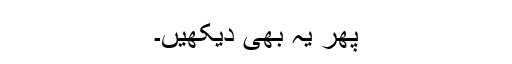
پھر یہ بھی دیکھیں۔